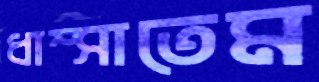
ধাম্‌সাতেম